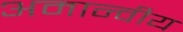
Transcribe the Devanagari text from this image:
अमान्वीय